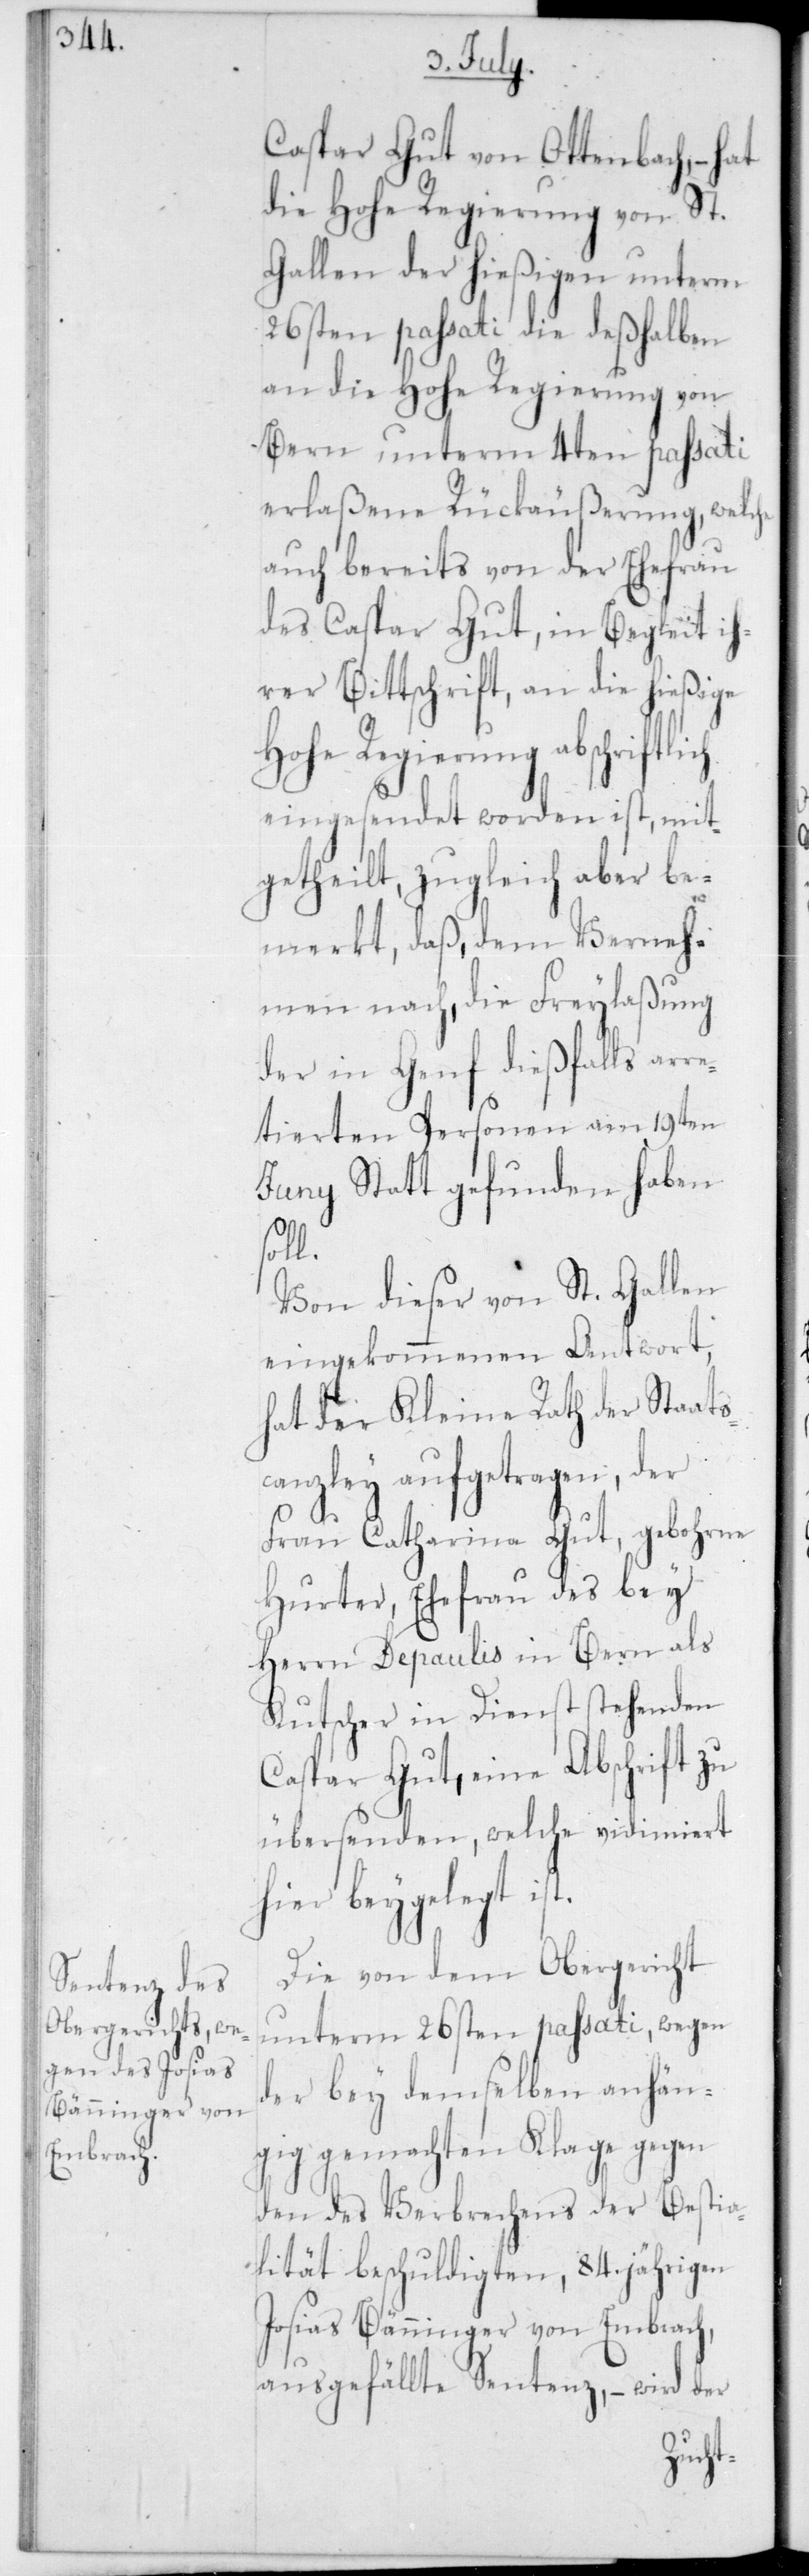
Caspar Gut von Ottenbach, – hat
die Hohe Regierung von St.
Gallen der hießigen unterm
26sten passati die deßhalben
an die Hohe Regierung von
Bern unterm 4ten passati
erlaßene Rückäußerung, welche
auch bereits von der Ehefrau
des Caspar Gut, in Begleit ih¬
rer Bittschrift, an die hießige
Hohe Regierung abschrift¬
eingesendet worden ist, mit¬
getheilt, zugleich aber be¬
merkt, daß, dem Verneh¬
men nach, die Freylaßung
der in Genf dießfalls arre¬
tierten Personen am 19ten
Junii stattgefunden haben
soll.
Von dieser von St. Gallen
eingekommenen Antwort,
hat der Kleine Rath der Staats¬
canzley aufgetragen, der
Frau Catharina Gut, gebohrne
Hurter, Ehefrau des bey
Herrn Depaulis in Bern als
Kutscher in Dienst stehenden
Caspar Gut, eine Abschrift zu
übersenden, welche vidimiert
hier beygelegt ist.
Die von dem Obergericht
unterm 26sten passati, wegen
der bey demselben anhän¬
gig gemachten Klage gegen
den des Verbrechens der Bestia¬
lität beschuldigten, 84 jährigen
Josias Bänninger von Embrach,
ausgefällte Sentenz, – wird der
lich